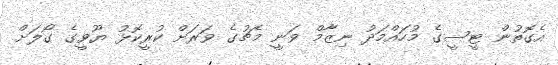
އެގޮތުން ޓީސީގެ މުހައްމަދު ނިޒާމް ވަނީ މެޗުގެ ވަރަށް ކުރީކޮޅު ޔޫވީގެ ގޯލަށް